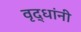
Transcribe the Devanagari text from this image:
वृद्धांनी